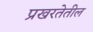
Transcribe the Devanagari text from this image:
प्रखरतेतील